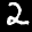
Label: 2